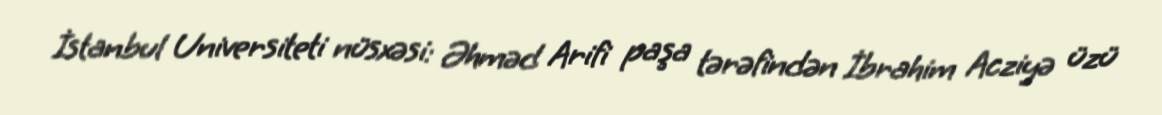
İstanbul Universiteti nüsxəsi: Əhməd Arifi paşa tərəfindən İbrahim Acziyə üzü